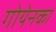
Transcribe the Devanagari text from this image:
गोयेनका